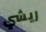
ريشي